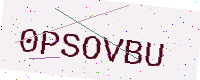
Text: 0PSOVBU